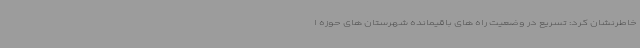
خاطرنشان کرد: تسریع در وضعیت راه های باقیمانده شهرستان های حوزه ا